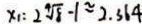
x _ { 1 } = 2 \sqrt [ 4 ] { 8 } - 1 \approx 2 . 3 6 4